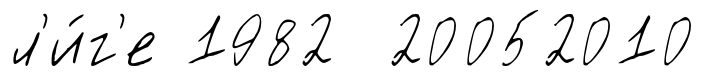
л'и́г'е 1982 20052010